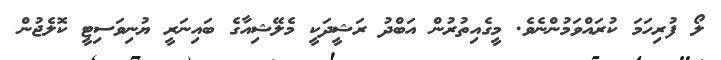
ލޯ ފުރިހަމަ ކުރައްވަމުންނެވެ. މީގެއިތުރުން އަބްދު ރަޝީދަކީ މެލޭޝިއާގެ ބައިނަރީ ޔުނިވަސިޓީ ކޮލެޖުން